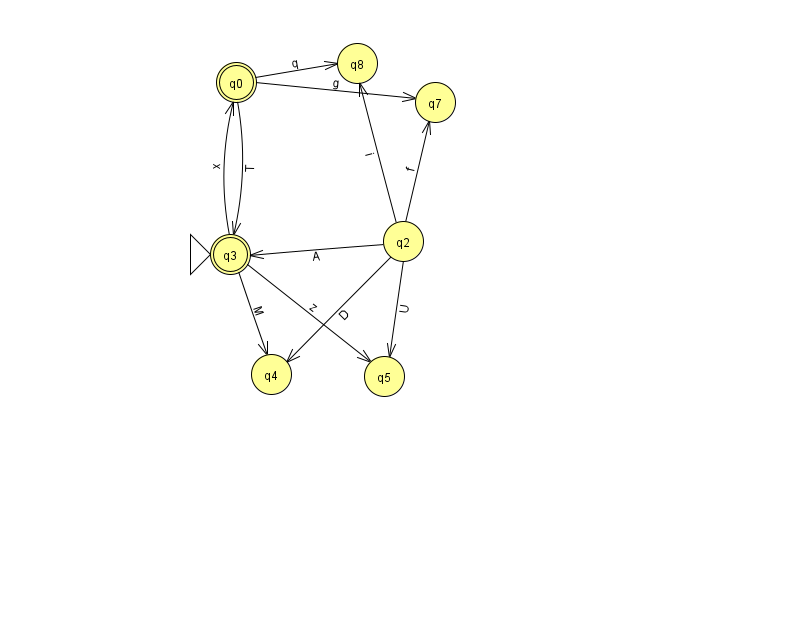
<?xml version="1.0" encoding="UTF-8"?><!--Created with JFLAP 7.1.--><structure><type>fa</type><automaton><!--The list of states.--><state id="0" name="q0"><x>236.0</x><y>69.0</y><final/></state><state id="2" name="q2"><x>403.0</x><y>228.0</y></state><state id="3" name="q3"><x>230.0</x><y>241.0</y><initial/><final/></state><state id="4" name="q4"><x>271.0</x><y>361.0</y></state><state id="5" name="q5"><x>384.0</x><y>363.0</y></state><state id="7" name="q7"><x>435.0</x><y>89.0</y></state><state id="8" name="q8"><x>357.0</x><y>50.0</y></state><!--The list of transitions.--><transition><from>2</from><to>8</to><read>i</read></transition><transition><from>3</from><to>4</to><read>M</read></transition><transition><from>2</from><to>3</to><read>A</read></transition><transition><from>0</from><to>8</to><read>q</read></transition><transition><from>0</from><to>7</to><read>g</read></transition><transition><from>3</from><to>0</to><read>x</read></transition><transition><from>3</from><to>5</to><read>z</read></transition><transition><from>2</from><to>4</to><read>D</read></transition><transition><from>2</from><to>5</to><read>U</read></transition><transition><from>2</from><to>7</to><read>f</read></transition><transition><from>0</from><to>3</to><read>T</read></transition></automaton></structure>